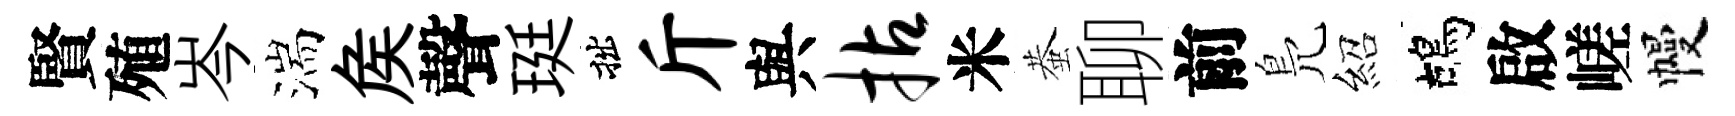
賢殖岑湍矦聲珽拙斤與拈米蛬聊前鳬紹鴣啟嵯幔